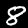
Digit: 8